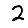
Digit: 2